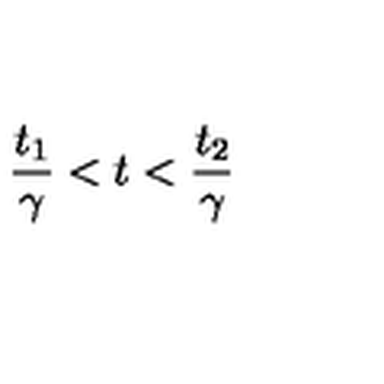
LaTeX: \frac { t _ { 1 } } { \gamma } < t < \frac { t _ { 2 } } { \gamma }